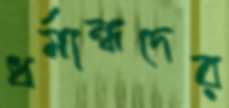
ধর্মান্ধদের